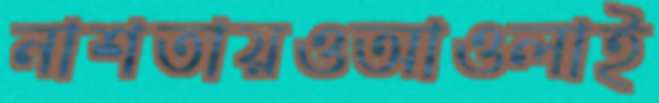
নাশতায়ওআওলাই